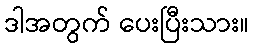
ဒါအတွက် ပေးပြီးသား။